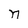
Character: n